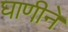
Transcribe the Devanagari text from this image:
घाणीने